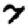
Digit: 7